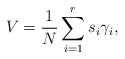
\begin{align*}V = \frac 1 N \sum_{i=1}^r s_i \gamma_i, \end{align*}